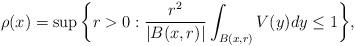
LaTeX: \begin{align*} \rho(x)= \sup\bigg\{ r>0: {\dfrac{r^{2}}{|B(x,r)|}}\int _{B(x,r)} V(y)dy\leq 1\bigg\}, \end{align*}